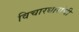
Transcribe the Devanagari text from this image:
विचारधारांची